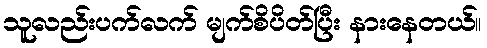
သူလည်းပက်လက် မျက်စိပိတ်ပြီး နားနေတယ်။